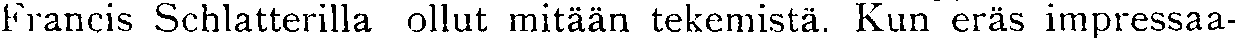
Francis Schlatterilla ollut mitään tekemistä. Kun eräs impressaa-